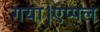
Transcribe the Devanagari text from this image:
गया।एप्पल